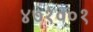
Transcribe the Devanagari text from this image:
४७१००१